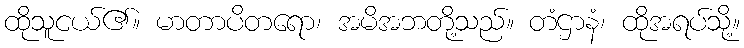
ထိုသူငယ်၏။ မာတာပိတရော၊ အမိအဘတို့သည်။ တံဌာနံ၊ ထိုအရပ်သို့။